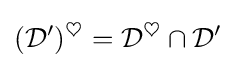
({\mathcal {D}}')^{\heartsuit }={\mathcal {D}}^{\heartsuit }\cap {\mathcal {D}}'